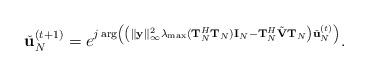
LaTeX: \begin{align*}\check{\mathbf{u}}^{(t+1)}_N = e^{j\arg\left(\left(\|\mathbf{y}\|^2_{\infty}\lambda_{\max}(\mathbf{T}_N^H\mathbf{T}_N)\mathbf{I}_N - \mathbf{T}_N^H\tilde{\mathbf{V}}\mathbf{T}_N\right)\check{\mathbf{u}}^{(t)}_N\right)}.\end{align*}